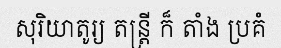
សុរិយាតូរ្យ តន្ត្រី ក៏ តាំង ប្រគំ